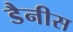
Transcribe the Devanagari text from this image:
डैनीस